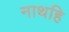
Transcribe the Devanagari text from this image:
नाथहि